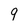
Character: 9